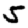
Digit: 5